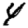
Digit: 4